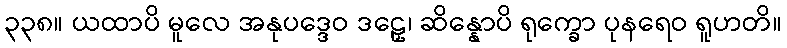
၃၃၈။ ယထာပိ မူလေ အနုပဒ္ဒေဝ ဒဠှေ၊ ဆိန္နောပိ ရုက္ခော ပုနရေဝ ရူဟတိ။